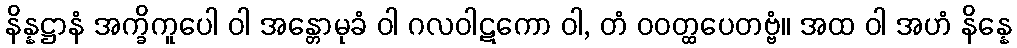
နိန္နဋ္ဌာနံ အက္ခိကူပေါ ဝါ အန္တောမုခံ ဝါ ဂလဝါဋကော ဝါ, တံ ဝဝတ္ထပေတဗ္ဗံ။ အထ ဝါ အဟံ နိန္နေ